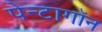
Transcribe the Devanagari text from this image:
पेन्टागॉन